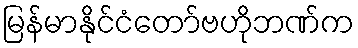
မြန်မာနိုင်ငံတော်ဗဟိုဘဏ်က